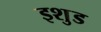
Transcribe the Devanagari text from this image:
इशुड